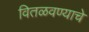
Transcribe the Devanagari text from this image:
वितळवण्याचे